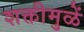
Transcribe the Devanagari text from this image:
शक्तीमुळें